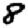
Digit: 8